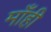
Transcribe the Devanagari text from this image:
माँही